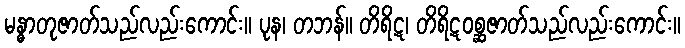
မန္ဓာတုဇာတ်သည်လည်းကောင်း။ ပုန၊ တဘန်။ တိရိဋ၊ တိရိဋဝစ္ဆဇာတ်သည်လည်းကောင်း။